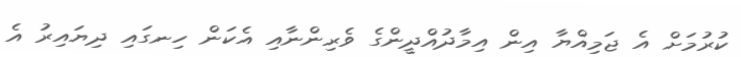
ކުރުމަށް އެ ޖަމިއްޔާ އިން އިމާދުއްދީންގެ ވެރިންނާއި އެކަން ހިނގައި ދިޔައިރު އެ